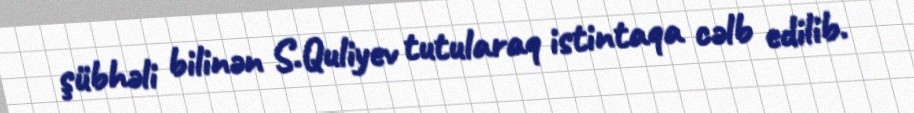
şübhəli bilinən S.Quliyev tutularaq istintaqa cəlb edilib.